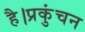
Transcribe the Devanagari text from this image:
है।प्रकुंचन